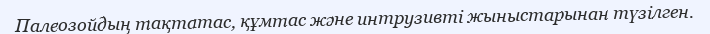
Палеозойдың тақтатас, құмтас және интрузивті жыныстарынан түзілген.